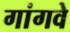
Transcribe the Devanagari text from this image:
गांगवे